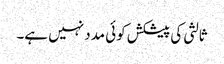
ثالثی کی پیشکش کوئی مدد نہیں ہے۔